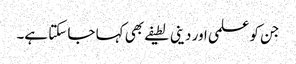
جن کو علمی اور دینی لطیفے بھی کہا جا سکتا ہے۔